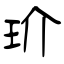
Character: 玠